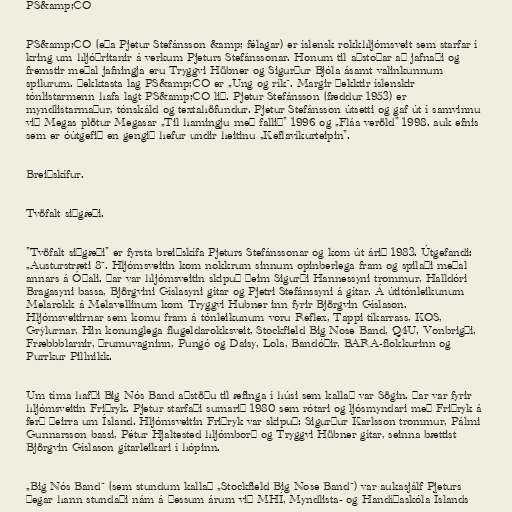
PS&amp;CO

PS&amp;CO (eða Pjetur Stefánsson &amp; félagar) er íslensk rokkhljómsveit sem starfar í
kring um hljóðritanir á verkum Pjeturs Stefánssonar. Honum til aðstoðar að jafnaði og
fremstir meðal jafningja eru Tryggvi Hübner og Sigurður Bjóla ásamt valinkunnum
spilurum. Þekktasta lag PS&amp;CO er „Ung og rík“. Margir þekktir íslenskir
tónlistarmenn hafa lagt PS&amp;CO lið. Pjetur Stefánsson (fæddur 1953) er
myndlistarmaður, tónskáld og textahöfundur. Pjetur Stefánsson útsetti og gaf út í samvinnu
við Megas plötur Megasar „Til hamingju með fallið" 1996 og „Fláa veröld" 1998. auk efnis
sem er óútgefið en gengið hefur undir heitinu „Keflavíkurteipin".

Breiðskífur.

Tvöfalt siðgæði.

"Tvöfalt siðgæði" er fyrsta breiðskífa Pjeturs Stefánssonar og kom út árið 1983. Útgefandi:
„Austurstræti 8“. Hljómsveitin kom nokkrum sinnum opinberlega fram og spilaði meðal
annars á Óðali. Þar var hljómsveitin skipuð þeim Sigurði Hannessyni trommur, Halldóri
Bragasyni bassa, Björgvini Gíslasyni gítar og Pjetri Stefánssyni á gítar. Á útitónleikunum
Melarokk á Melavellinum kom Tryggvi Hubner inn fyrir Björgvin Gíslason.
Hljómsveitirnar sem komu fram á tónleikunum voru Reflex, Tappi tíkarrass, KOS,
Grýlurnar, Hin konunglega flugeldarokksveit, Stockfield Big Nose Band, Q4U, Vonbrigði,
Fræbbblarnir, Þrumuvagninn, Pungó og Daisy, Lola, Bandóðir, BARA-flokkurinn og
Purrkur Pillnikk.

Um tíma hafði Big Nós Band aðstöðu til æfinga í húsi sem kallað var Sögin. Þar var fyrir
hljómsveitin Friðryk. Pjetur starfaði sumarið 1980 sem rótari og ljósmyndari með Friðryk á
ferð þeirra um Ísland. Hljómsveitin Friðryk var skipuð: Sigurður Karlsson trommur, Pálmi
Gunnarsson bassi, Pétur Hjaltested hljómborð og Tryggvi Hübner gítar, seinna bættist
Björgvin Gíslason gítarleikari í hópinn.

„Big Nós Band“ (sem stundum kallað „Stockfield Big Nose Band“) var aukasjálf Pjeturs
þegar hann stundaði nám á þessum árum við MHÍ, Myndlista- og Handíðaskóla Íslands